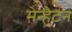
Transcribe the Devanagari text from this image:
मेन्हैटन